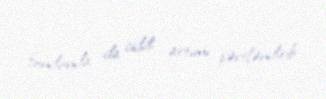
fondunda da ciddi artımı şərtləndirib.